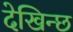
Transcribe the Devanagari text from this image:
देखिन्छ